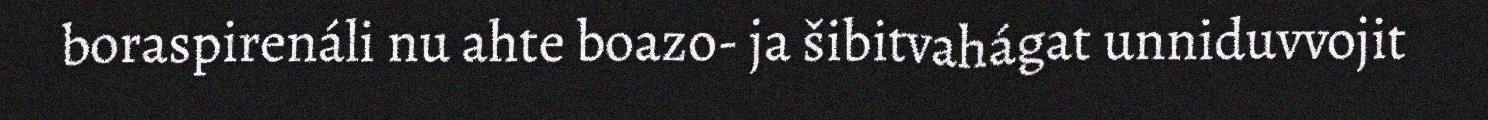
boraspirenáli nu ahte boazo- ja šibitvahágat unniduvvojit